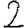
Digit: 2